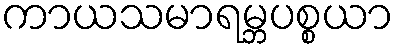
ကာယသမာရမ္ဘပစ္စယာ